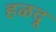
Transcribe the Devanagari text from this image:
हळदू